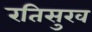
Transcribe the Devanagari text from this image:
रतिसुख